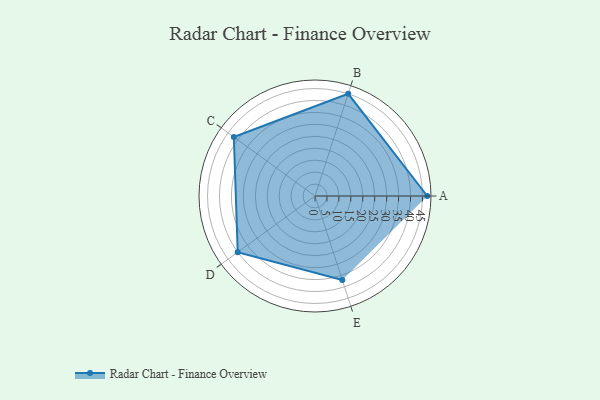
{"axis": {"x": "Skill", "y": "Score"}, "legend": ["Profile"], "data": [{"x": "A", "y": 47.0, "type": "Profile"}, {"x": "B", "y": 45.0, "type": "Profile"}, {"x": "C", "y": 42.0, "type": "Profile"}, {"x": "D", "y": 40.0, "type": "Profile"}, {"x": "E", "y": 37.0, "type": "Profile"}]}